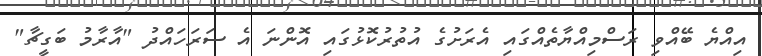
އިއްޔެ ބޭއްވި ރަސްމިއްޔާތެއްގައި އެރަށުގެ އުތުރުކޮޅުގައި އޮންނަ އެ ސަރަހައްދު "އާރާމު ބަގީޗާ"